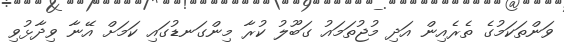
ވަންތަކަމުގެ ތެރެއިން އަދި މުޖުތަމައު ގަބޫލު ކުރާ މިންގަނޑުގައި ކަމަށް އޭނާ ވިދާޅުވި